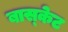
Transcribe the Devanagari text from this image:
बास्‍केट